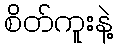
စိတ်ကူးနဲ့